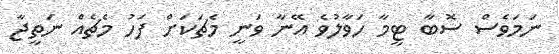
ނަމަވެސް ސޮބާ ޓީމާ ހަވާލުވެ އޭނާ ވަނީ މެޗަކަށް ފަހު މެޗެއް ނަތީޖާ